Annual report on the health of the army in India
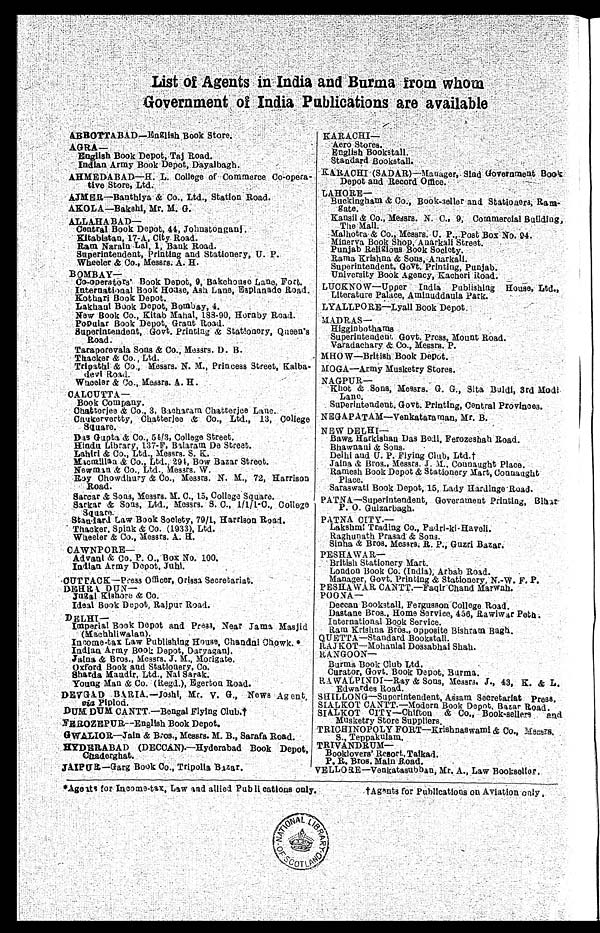
List of Agents in ,India and Burma from whom
aovernment of India Publications are available
ABBOTTA.BA.D--En glish Book Store,
AGRA-
Ruglish Book Depot, Taj Road.
- Indian Army Book• Depot, Dayalbagh.
. •
AHMEDABAD—It-L. College of-Commerce Co-opera. -
tive Store, Ltd:
laME.R.—Banthiya' & Co., Ltd., Station Road.
AKOLA-Bakshi, Mr.
ALLAHABAD--
Central Book Depot, 41, Johnstonganj
Kitabistan, 17-A, City. Road.
-- •
Ram Narain -Lal, 1, Bank Road. " '
Superintendent, Printing and Stationery; U. P.
Wheeler & Co., Messrs. A. H.
BOMBAY-
Co-operators' Book Depot, 9, Bakehouse Lane, Fort.
International Book House, Ash Lane, Esplanade Road.
Kothari Book Depot. ' -
,
Latchaui Book Depot, Bombay, 4.
New Book Co., Kitab Mahal, 183-90, lloraby Road.
Popular Book Depot, Grant Road.
Superintendent, Govt. Printing & Stationery, Queen's
Road .
Taraporevala, Sons & Co., Messrs. D. B.
Thacker & Co., Ltd.
-
-
Tripathl & Co., Messrs. N. M., Princess Street, &alba
devi Roa.d.
•
, •
-
Vineeler & Co., Kean's. A. H.
CALCUTTA—
Book Company,
Chatterjee & Co., 3, Bacharam Chatterjee Lane..
Cuukervertty, Chatterjee & Co., Ltd., 13, College
Square.
Das Gupta & Co:, 64/3, College Street.
Hindu Library, 137-IP, Balaraut De Street.
Lahiri & Co., Ltd., Messrs. S. K.
11%w/titian & Co., Ltd.,
Messrs.
Bow Bazar Street.
Newman & Co., Ltd., Messrs. W.
Roy Chowdhury Co., Messrs. N. M., 72, Harrison
Road.
Samar & Sons, Messrs. 31. C., 15, College Soua,re.
Sarkar & Sons, Ltd., Messrs. S. C., 1/111-0., College
Square.
Standard Law Book Society, 79/1, Harrison Road.
Thacker, Spink & Co. (1933), Ltd.
Wheeler & Co., Messrs. A.,11.
CAWNPORE-
Advant & Co. P. 0., Box No. 100.
Indian Army Depot, juhl.
.01:1T LCIE--PeessOrficer, Orissa Secretariat.
•
DEHR 1. DUN-
j'agal Kishore & Co.
Ideal Book Depot, RaiPur Road.
DELHI
Imperial Book Depot and Press, Near Sama Masjid
(11a.ehhliwalan).
-
Income-tax Law Publishing House, Chandal Chowk.
Indian Army Book Depot, Daryaganj,
'Mina & Bros., Messrs. J. 11., Morigate.
Oxford Book and Stationery, Co.
Sharda Maatdir, Ltd., Nai Sarah.
Young Man & Co. (Regd.), Egerton Road.
DEVGA.D BA.RIA..—Joshi, Mr. V. G., News Ag ent,
Piplod.
Dui& DUM CANTT. —Bengal Flying Club..?
NEROZEPUR--English Book Depot.
GWALIOR=Jnin B:os., Messrs. M. B., Sarafa Road.
HYDBILABAD (DECCAN).—Hyderabad Book Depot,
Chaderghat.
.:
-
sAjpga—Garg Book Co., Tripolia Bazar.
KARACHI-
,- ,okero Stores.
English Bookstall.
Standard Bookstall.
KARACHI (SADAR)-11aaager, Sind Government BOOk
Depot and Record Office.
LAHORE
Buckingham & Co., Book seller and Stationers, Rant.
gate.
-
Ransil & Co., Messrs. N. C., '9, Cotatmereial Building,
The Mall.
Malhotra & Co., Messrs. U. P.
'
Post Box No. 04.
Minerva Book Shop, Auarkali Street.
Punjab Reli gious Book Society. -
Rama 'Krishna & Sons, Aoarkali.
Superintendent, Govt. Printing, Punjab..
University Book Agency, Kacheri head
LUCKNOW—Upper India, ,Publishing House, Ltd-,
Literature Palace, Aminuddaula Park.
LYALLPORE--I.Yall Book Depot.
MADRAS -
Higginbothams
Superintendent Govt. Press, Mount Road.
Vai'adachary '&, Co., Messrs. P.
MHO W—British Book Depot.
M 0 GA—Army Musketry Stores.
NAGPUR -
Khot
Sons!, Messrs. G. G., Sita Buldi, 3rd 31odi
Lane.
Superintendent. Govt. Printing, Central Provinces.
NEGAPATAM—Venkataraman, Mr. B.
NEW DELHI-
Bawa, Harkishau Das Beal, Ferozeshah Road.
Bhawnani & Sons.
Delhi and U. P. Flying Club, Ltd.t
Jaina & Bros., Messrs. J. M., C ounau ght Place.
"Ramesh Book Depot & Stationery Mart, Connaught
Place. -
._,Saraswati Book Depot, 15, Lady Iardlngo'Road.
PATNA-Superintendent, Government Printing, Bihar
P. 0. Gulaarbagh.
PATNA CITY.—
Lakshmi Trading Co., Padri-ki-Haveli.
Raghunath Prasad & Sons.
Sinha & Bros. Messrs. R. P., Guzri Bazar.
PESHAWAR
British Stationery Mart.
London Book Co. (India), Arbab Road.
Manager, Govt. Printing & Stationery, N.-W. F. P.
PESELA.WAR CANTT.—Faqir Chand Marwah.
POONA
Deccan Bookstall, Fergusson -College Road.
Dastane Bros., Home Service, 456, Rawlwar Path
International Book Service.
Ram Krishna Bros., opposite Bishrain Bagli.
QUETTA—Standard Bookstall.
RAJ KOT—Mohaulal Dossabhai Shah.
RANGOON
Burma Book Club Ltd.
Curator, Govt. Book Depot, Burma.
R A, WA LP,INDI—Ray & Sous, Messrs. J., 43, K. & L.
Edwardes Road.
SHILLONG—Superintendent, Assam Secretariat Press.
SIALKOT CANTT.—Modern Book Depot, Bazar Road. •
SIALKOT CITY—Chtfton & Co., Book-sellers and
Musketry Store Suppliers.
.
-TRICHINOPOLY FORT—Krishnaswami & 00., Medea.
S., Teppakulam.
TRIVANDRUM-
Booklovers' Resort, Taikad.
F. R. Bros. Main Road.
.
VELLORE—Venkatasubban, Mr. A., Law Booksettoe.
-
*Ageits for Income-tax, Law and allied Pub li cations only.
tAgents for- rUnlicatious on Aviation czly,